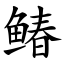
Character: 䲠